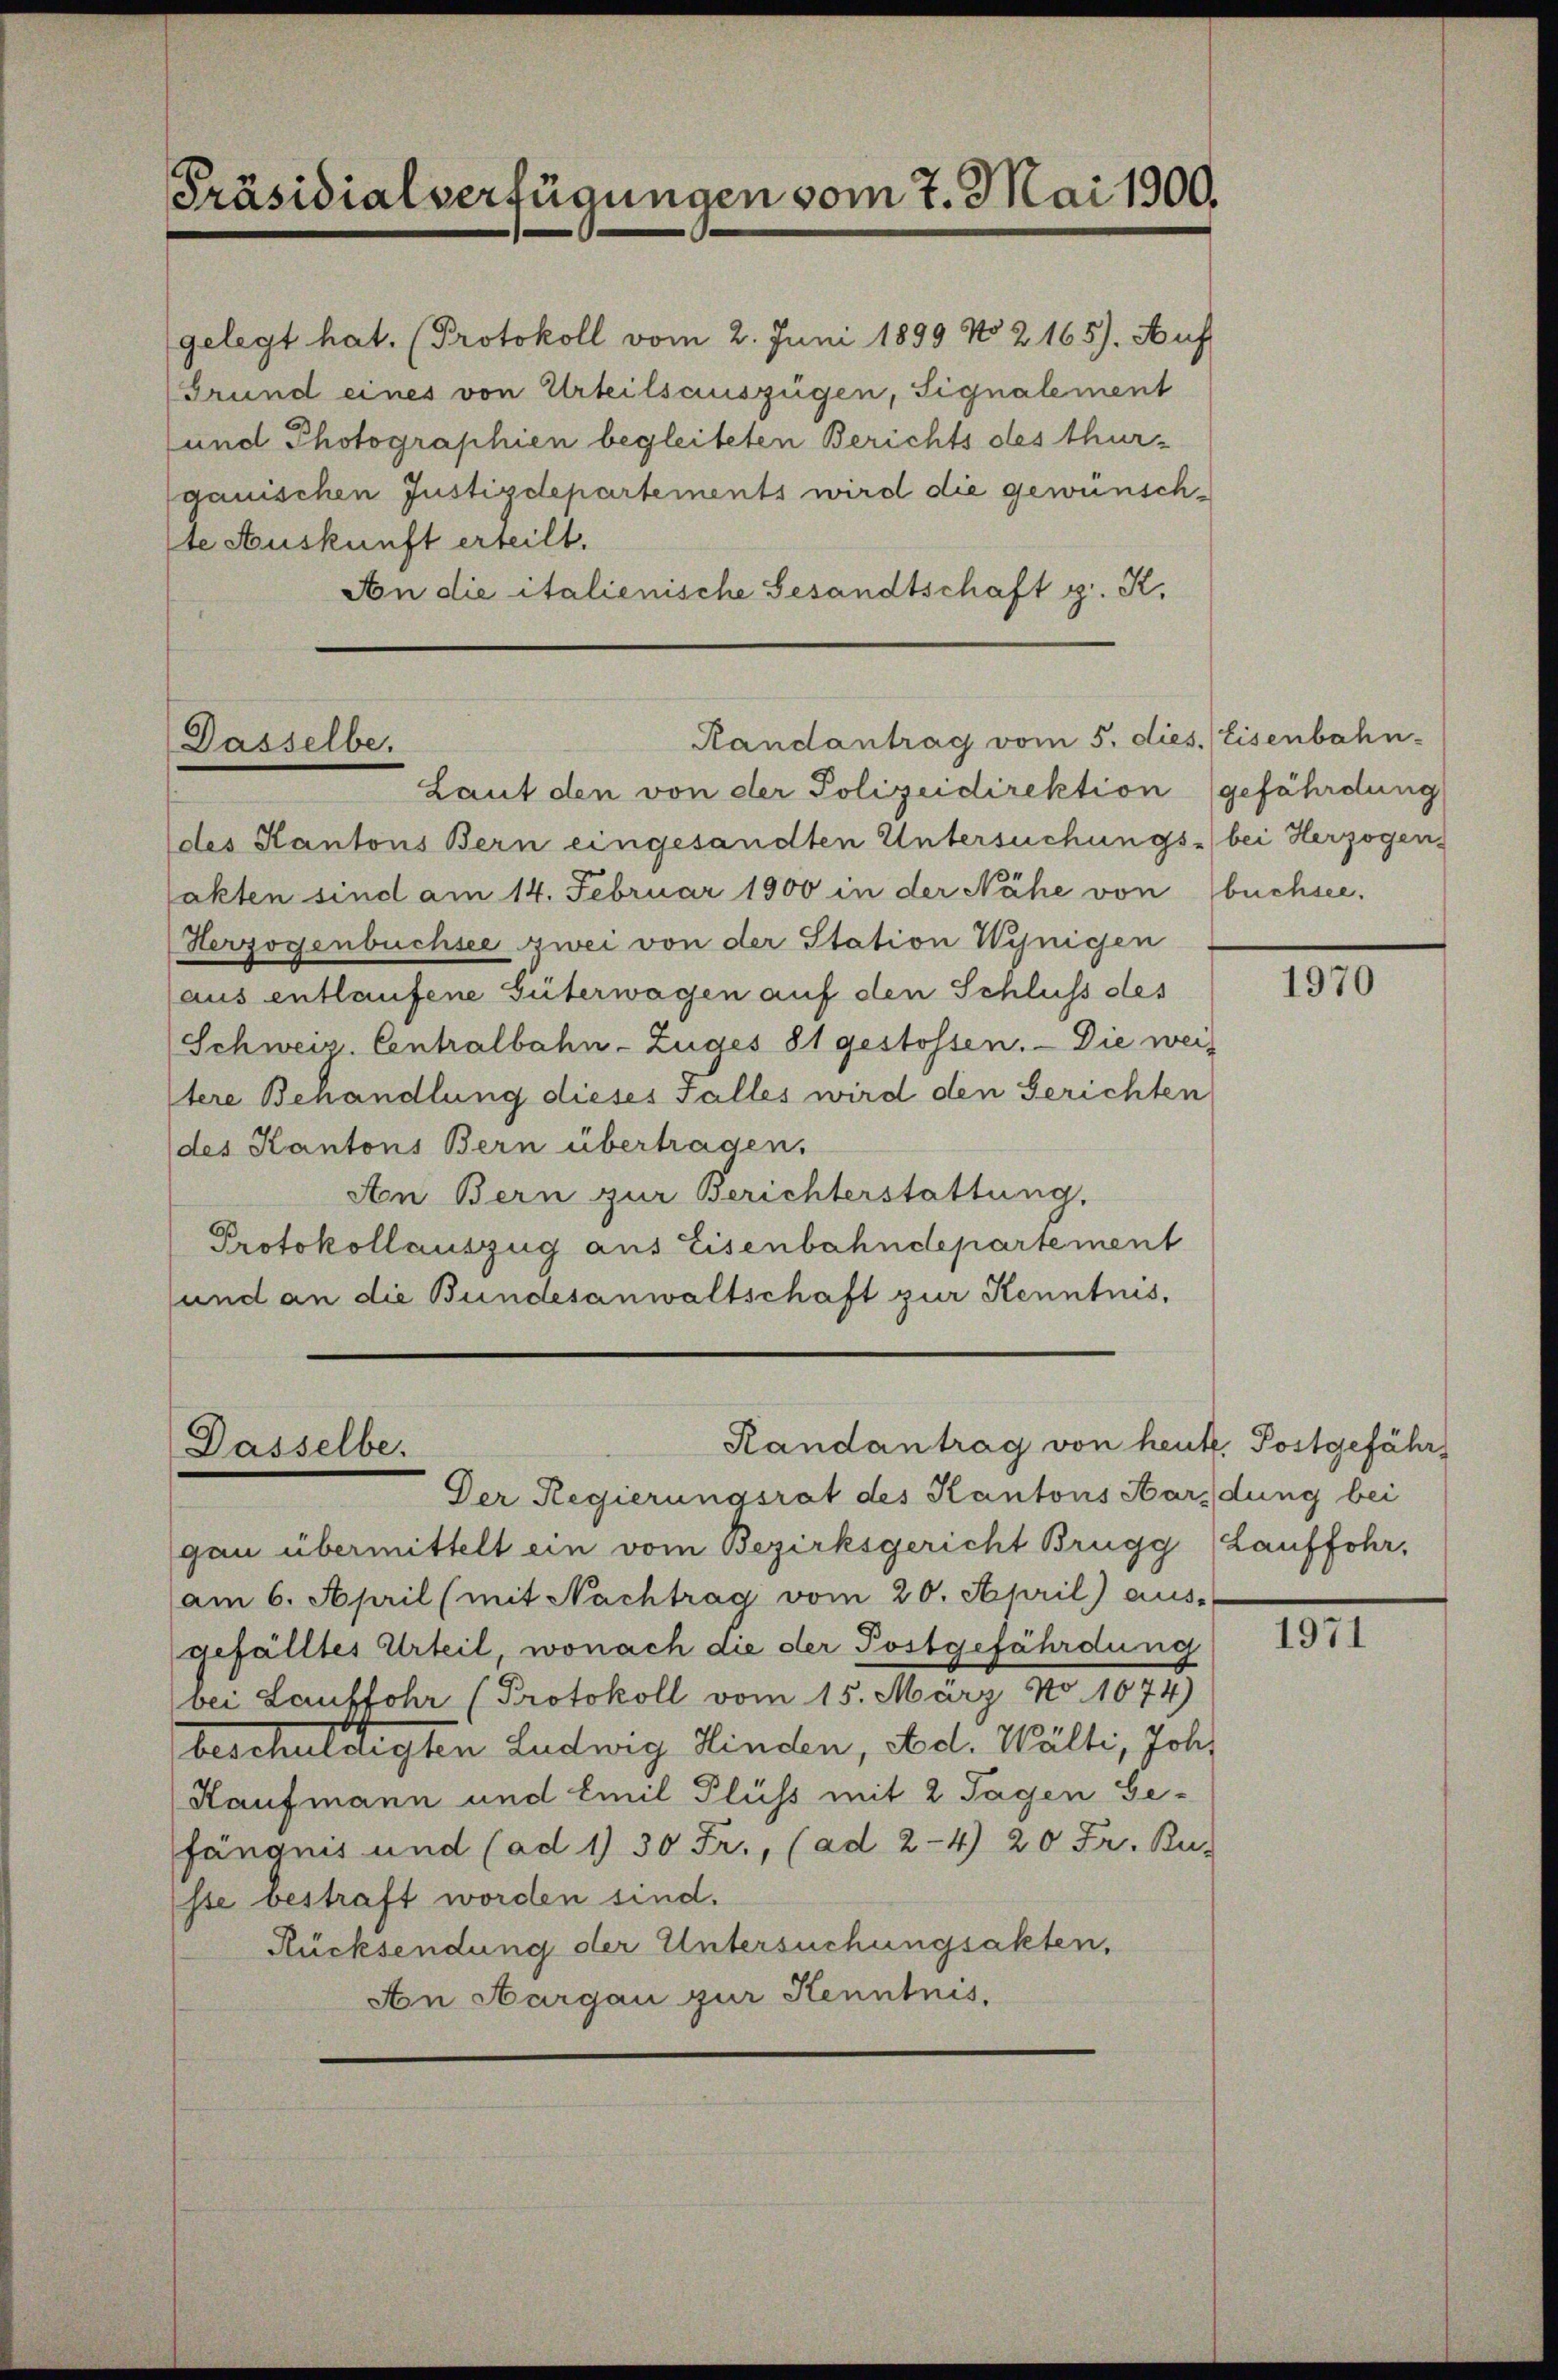
Präsidialverfügungen vom 7. Mai 1900.

gelegt hat. (Protokoll vom 2. Juni 1899 No 2165). Auf
Grund eines von Urteilsauszügen, Signalement
und Photographien begleiteten Berichts des thurgauischen Justizdepartements wird die gewünschte Auskunft erteilt.
An die italienische Gesandtschaft g. K.

Dasselbe.

Dasselbe.

Randantrag vom 5. dies. (Eisenbahn-

Laut den von der Polizeidirektion gefährdung
des Kantons Bern eingesandten Untersuchungs- bei Herzogen,
akten sind am 14. Februar 1900 in der Nähe von buchsee.
Herzogenbuchsee zwei von der Station Wynigen
aus entlaufene Güterwagen auf den Schluss des
Schweiz. Centralbahn-Zuges 81 gestossen. - Die weis
tere Behandlung dieses Falles wird den Gerichten
des Kantons Bern übertragen.
An Bern zur Berichterstattung.
Protokollauszug aus Eisenbahndepartement
sund an die Bundesanwaltschaft zur Kenntnis.

Randantrag von heute. Postgefähr

Der Regierungsrat des Kantons Kardung bei
gau übermittelt ein vom Bezirksgericht Brugg (Lauffohr,
(am 6. April (mit Nachtrag vom 20. April) aus-
gefälltes Urteil, wonach die der Postgefährdung
bei Lauffohr (Protokoll vom 15. März No. 1674)
beschuldigten Ludwig Hinden, Aed. Wälti, Joh.
Kaufmann und Emil Fluss mit 2 Tagen Ge-
fängnis und (ad 1) 30 Fr., (ad 2-4) 20 Fr. Ru-
sse bestraft worden sind.
Rücksendung der Untersuchungsakten,
An Aargau zur Kenntnis,

1970

IIII